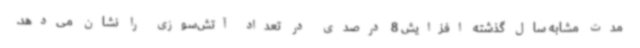
مدت مشابه سال گذشته افزایش 8 درصدی در تعداد آتش‌سوزی را نشان می‌دهد.